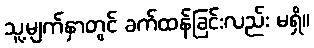
သူ့မျက်နှာတွင် ခက်ထန်ခြင်းလည်း မရှိ။